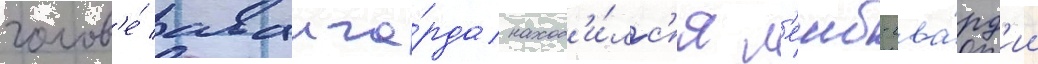
голов'е́ аванга́рда наход'и́лс'я л'еиб-гва́рд'ии